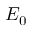
E _ { 0 }